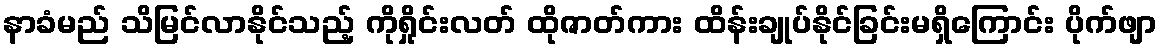
နာခံမည် သိမြင်လာနိုင်သည့် ကိုရှိုင်းလတ် ထိုဇာတ်ကား ထိန်းချုပ်နိုင်ခြင်းမရှိကြောင်း ပိုက်ဖျာ